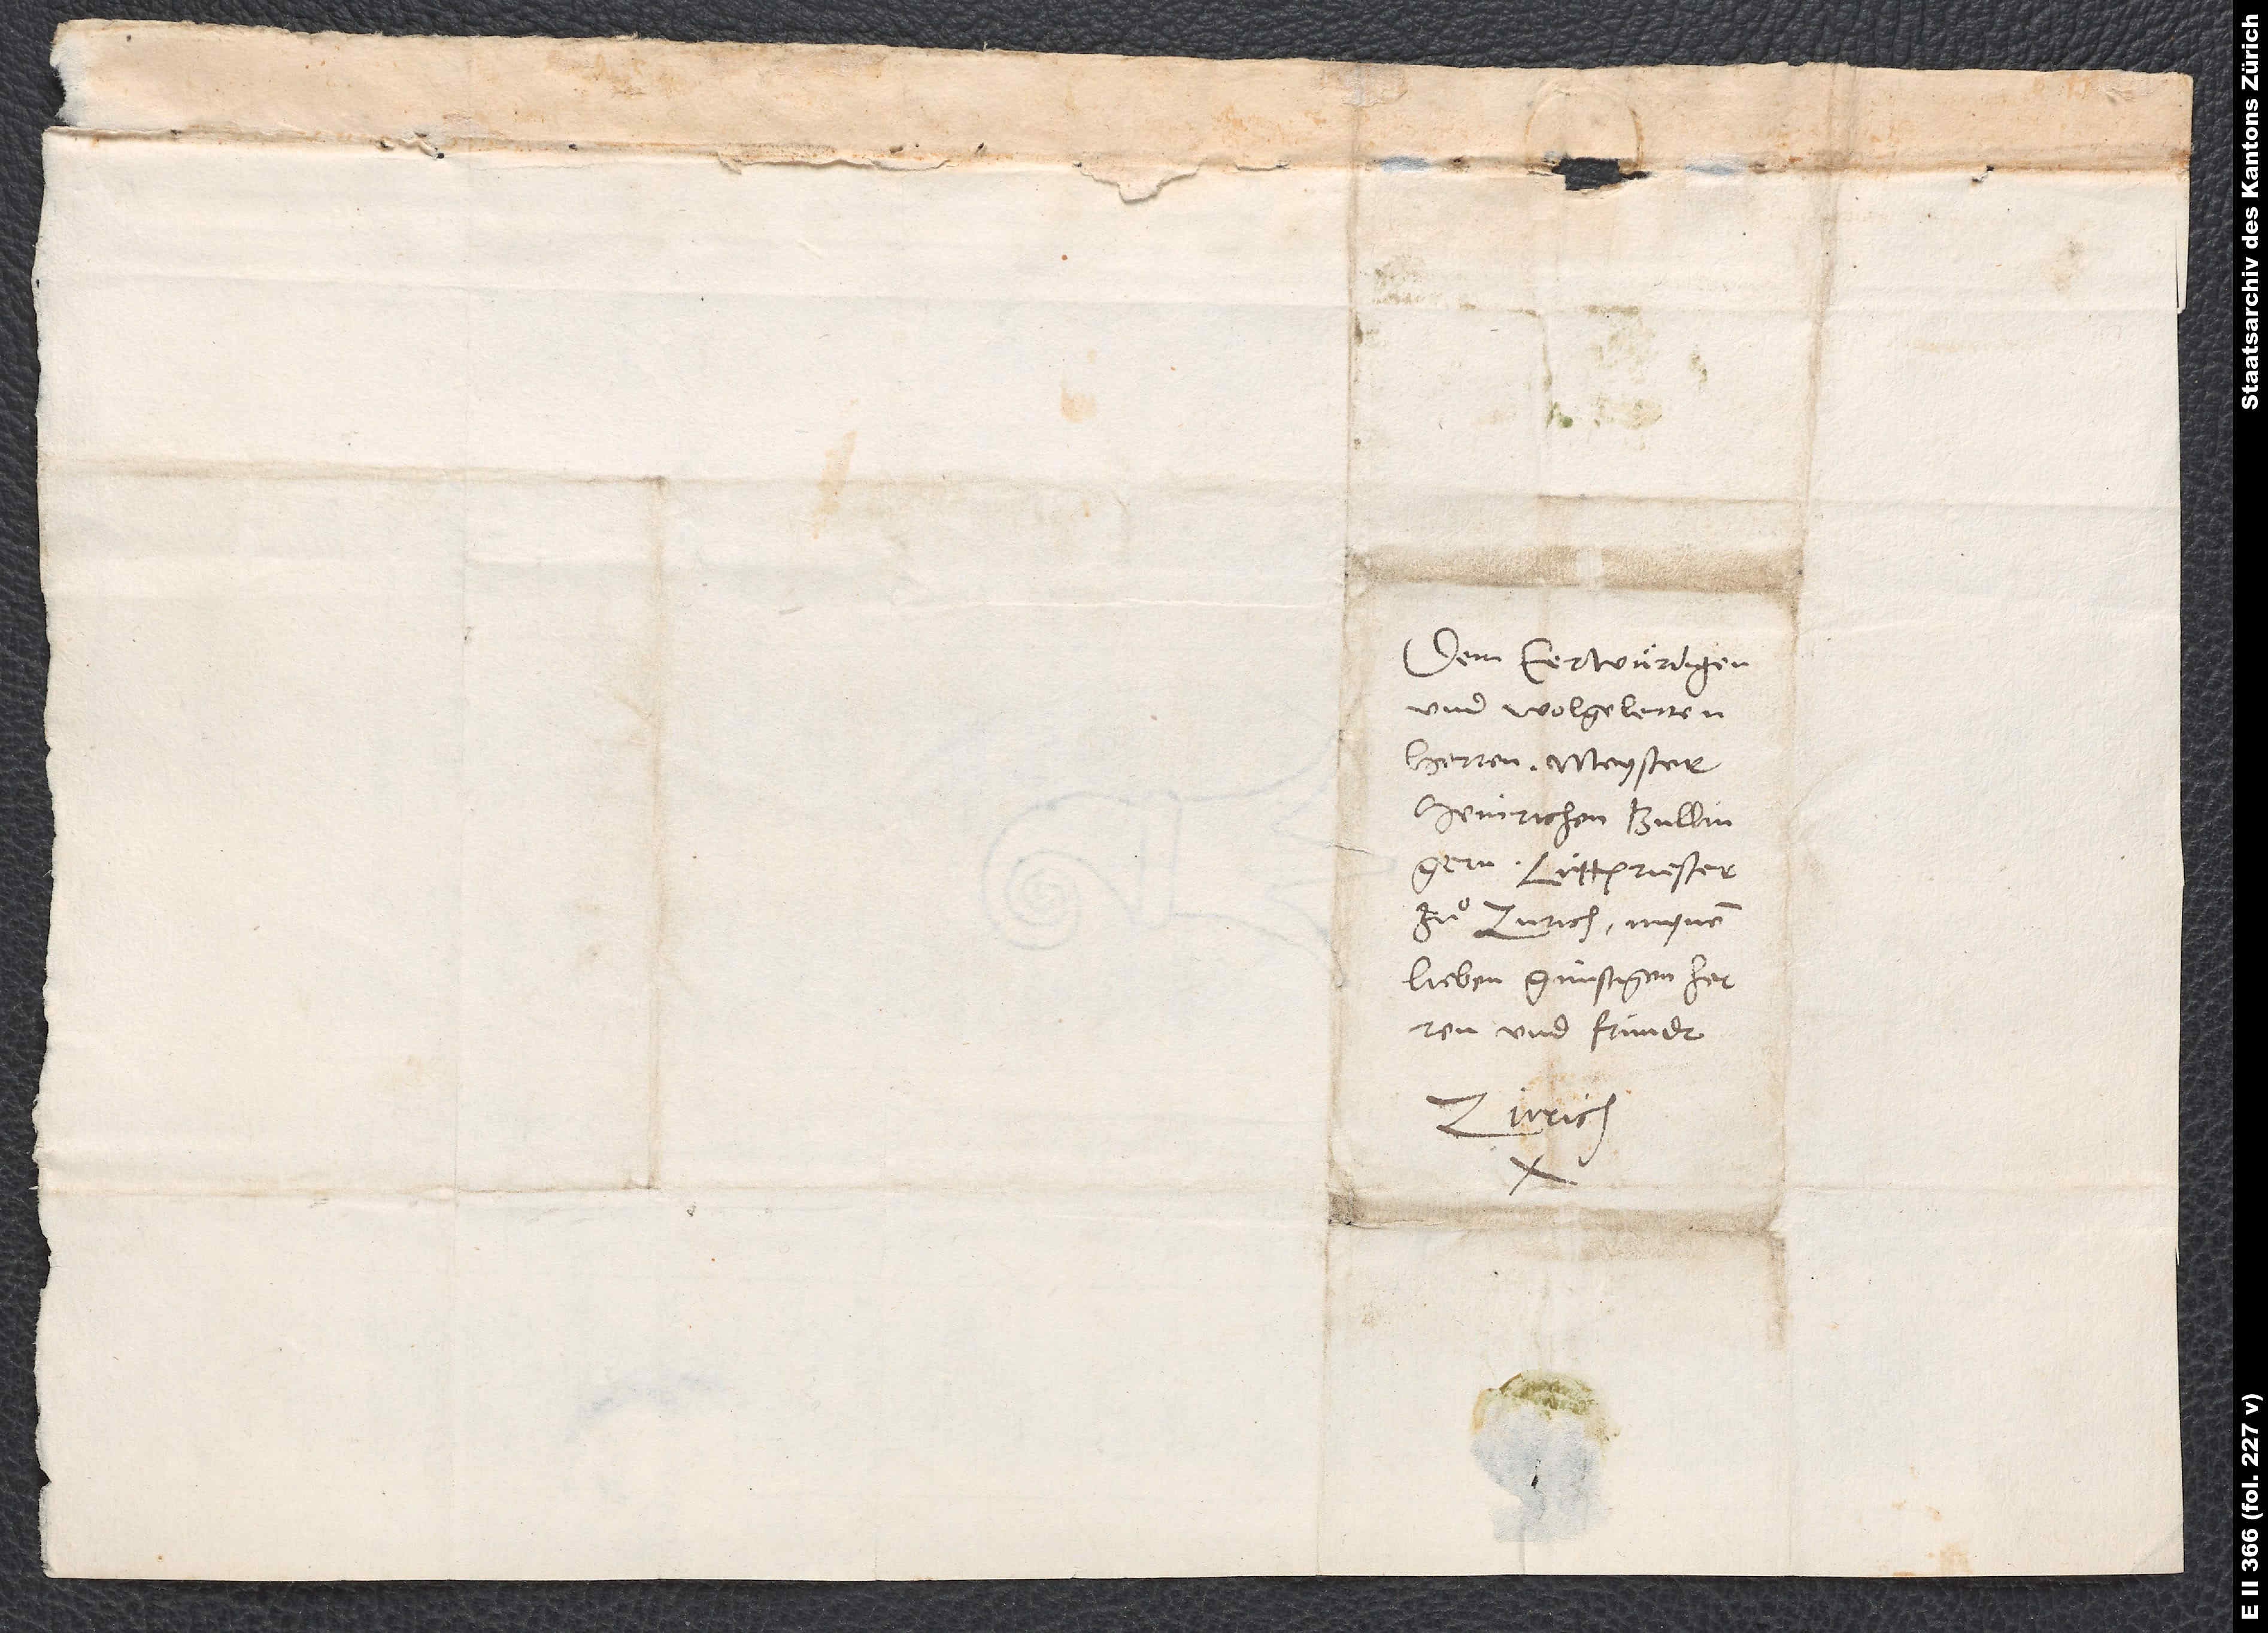
Dem eerwürdigen
und wolgelerten
herren meyster
Heinrichen Bullingern,
lüttpriester
zuͦ Zurich, mynem
lieben, günstigen herren
und fründt.
Zürich.